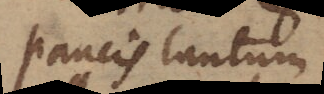
paucis tantum